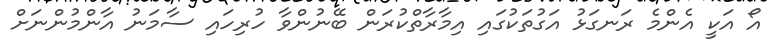
އޯ އަކީ އެންމެ ރަނގަޅު އަގުތަކުގައި އިމާރާތްކުރަން ބޭނުންވާ ހުރިހައި ސާމަނު އާންމުންނަށް